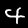
Digit: 4